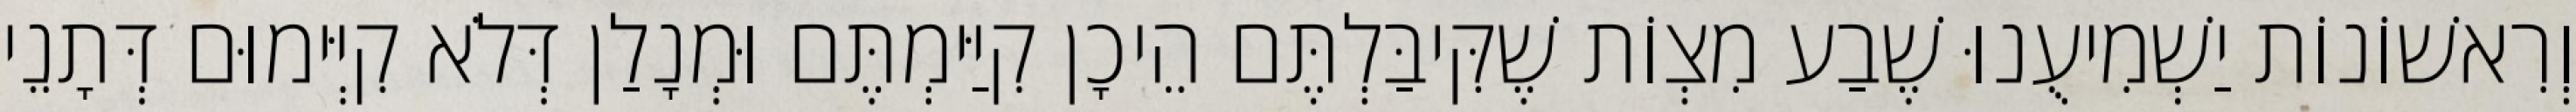
וְרִאשׁוֹנוֹת יַשְׁמִיעֻנוּ שֶׁבַע מִצְוֹת שֶׁקִּיבַּלְתֶּם הֵיכָן קִיַּימְתֶּם וּמְנָלַן דְּלֹא קִיְּימוּם דְּתָנֵי